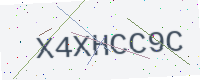
Text: X4XHCC9C